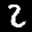
Label: 2